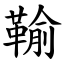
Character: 䩱